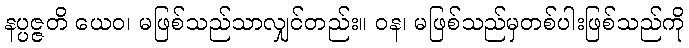
နပ္ပဇ္ဇတိ ယေဝ၊ မဖြစ်သည်သာလျှင်တည်း။ ဝန၊ မဖြစ်သည်မှတစ်ပါးဖြစ်သည်ကို